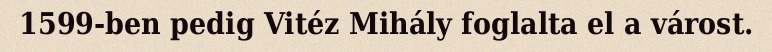
1599-ben pedig Vitéz Mihály foglalta el a várost.